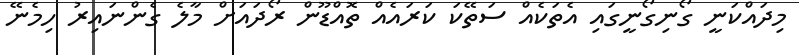
މިދައްކަނީ ގޯނިގޯނީގައި އެތަކެއް ސަތޭކަ ކަރައެއް ތޮއްޑޫން ރޯދައަށް މާލެ ގެންނައިރު ހިމެނޭ